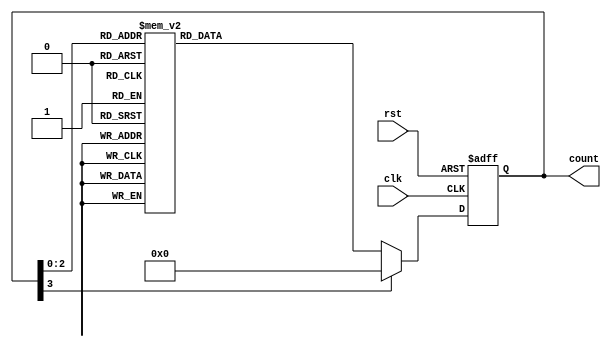
module GrayCounter (
    input rst, //reset signal
    input clk, //clock signal
    
    output reg [3:0] count //4-bit Gray code count
);

reg [3:0] next_count;

always @(posedge clk or posedge rst) begin
    if (rst) begin
        count <= 4'h0;
    end else begin
        count <= next_count;
    end
end

always @* begin
    case(count)
        4'h0: next_count = 4'h1;
        4'h1: next_count = 4'h3;
        4'h3: next_count = 4'h2;
        4'h2: next_count = 4'h6;
        4'h6: next_count = 4'h4;
        4'h4: next_count = 4'h5;
        4'h5: next_count = 4'h7;
        4'h7: next_count = 4'h0;
        default: next_count = 4'h0;
    endcase
end

endmodule